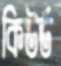
কিউর্ড